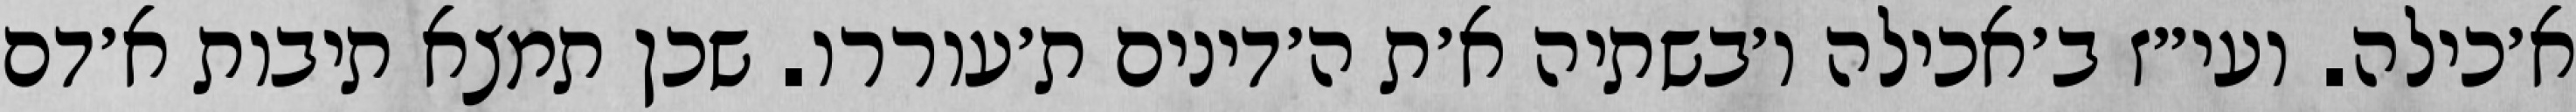
א׳כילה. ועי״ז ב׳אכילה ו׳בשתיה א׳ת ה׳דינים ת׳עוררו. שכן תמצא תיבות א׳דם